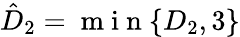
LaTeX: \hat{D}_{2}=\mathrm{~m~i~n~}\{ D_{2},{3}\}